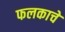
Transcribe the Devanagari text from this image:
फलकाचे